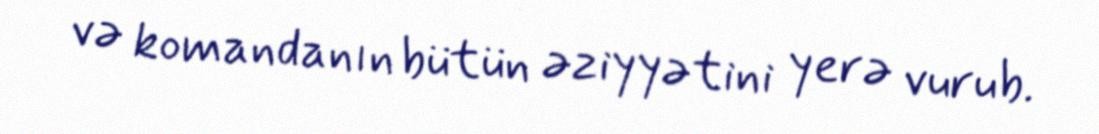
və komandanın bütün əziyyətini yerə vurub.